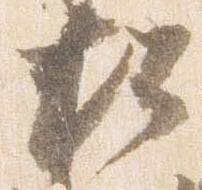
松